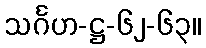
သင်္ဂဟ-ဋ္ဌ-၆၂-၆၃။